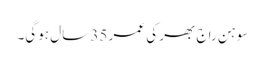
سوہن راج بھر کی عمر 35 سال ہوگی۔